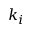
k _ { i }